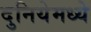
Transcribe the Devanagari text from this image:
दुनियेमध्ये